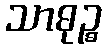
သာဓုဉ္စ